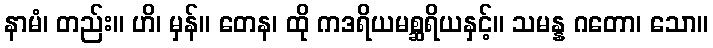
နာမံ၊ တည်း။ ဟိ၊ မှန်။ တေန၊ ထို ကဒရိယမစ္ဆရိယနှင့်။ သမန္န ဂတော၊ သော။